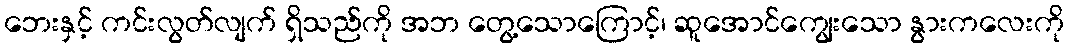
ဘေးနှင့် ကင်းလွတ်လျက် ရှိသည်ကို အဘ တွေ့သောကြောင့်၊ ဆူအောင်ကျွေးသော နွားကလေးကို